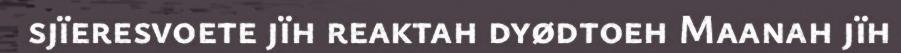
sjïeresvoete jïh reaktah dyødtoeh Maanah jïh